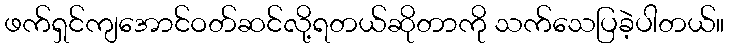
ဖက်ရှင်ကျအောင်ဝတ်ဆင်လို့ရတယ်ဆိုတာကို သက်သေပြခဲ့ပါတယ်။